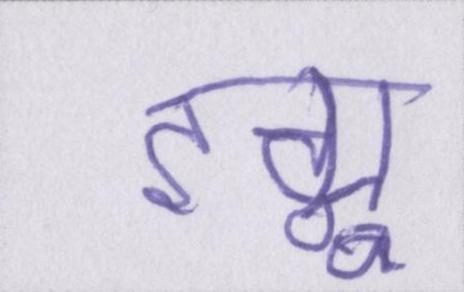
इग्नू